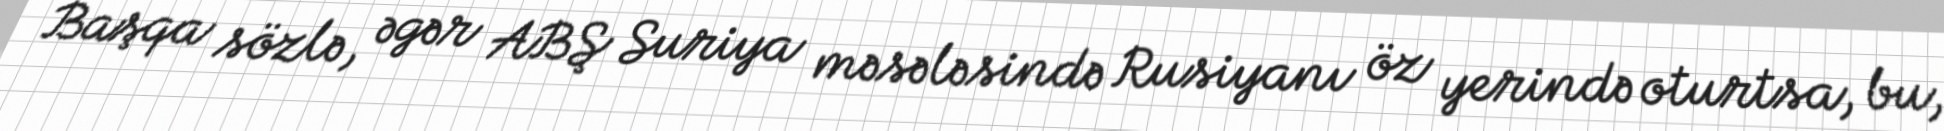
Başqa sözlə, əgər ABŞ Suriya məsələsində Rusiyanı öz yerində oturtsa, bu,